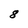
Character: 8